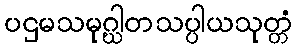
ပဌမသမုဂ္ဃါတသပ္ပါယသုတ္တံ